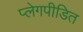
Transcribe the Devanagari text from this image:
प्लेगपीडित